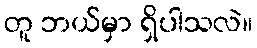
တူ ဘယ်မှာ ရှိပါသလဲ။